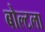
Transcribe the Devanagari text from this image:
बोल्टला